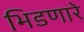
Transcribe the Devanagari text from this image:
भिडणारे